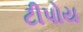
ટીપોય